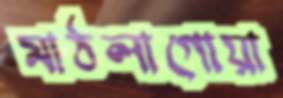
মাঠলাগোয়া